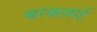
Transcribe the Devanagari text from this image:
बरकज़ाई